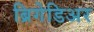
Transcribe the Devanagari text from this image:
ब्रिगेडिअर